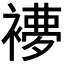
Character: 𧜩